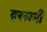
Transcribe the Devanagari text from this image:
दरसनी